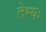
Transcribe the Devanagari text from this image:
तेभ्यः